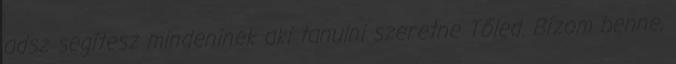
adsz segítesz mindeninek aki tanulni szeretne Tőled. Bízom benne,